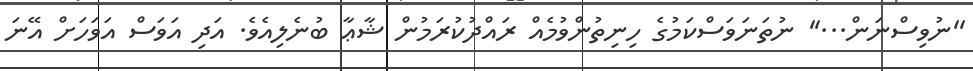
''ނުވިސްނަން...'' ނުތަނަވަސްކަމުގެ ހިނިތުންވުމެއް ރައްދުކުރަމުން ޝާޢާ ބުނެލިއެވެ. އަދި އަވަސް އަވަހަށް އޭނަ